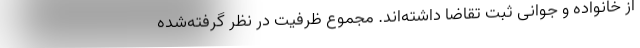
از خانواده و جوانی ثبت‌ تقاضا داشته‌اند. مجموع ظرفیت در نظر گرفته‌شده